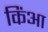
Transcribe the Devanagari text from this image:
किंआ